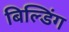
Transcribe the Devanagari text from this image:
बिल्‍डिंग